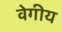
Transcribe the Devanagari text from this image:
वेगीय